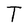
Character: T